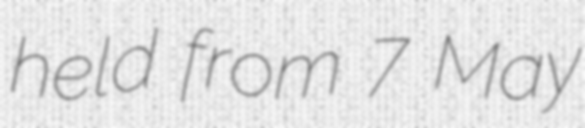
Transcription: held from 7 May